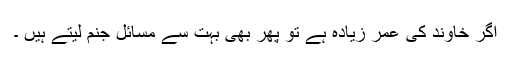
اگر خاوند کی عمر زیادہ ہے تو پھر بھی بہت سے مسائل جنم لیتے ہیں ۔